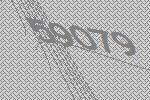
59079